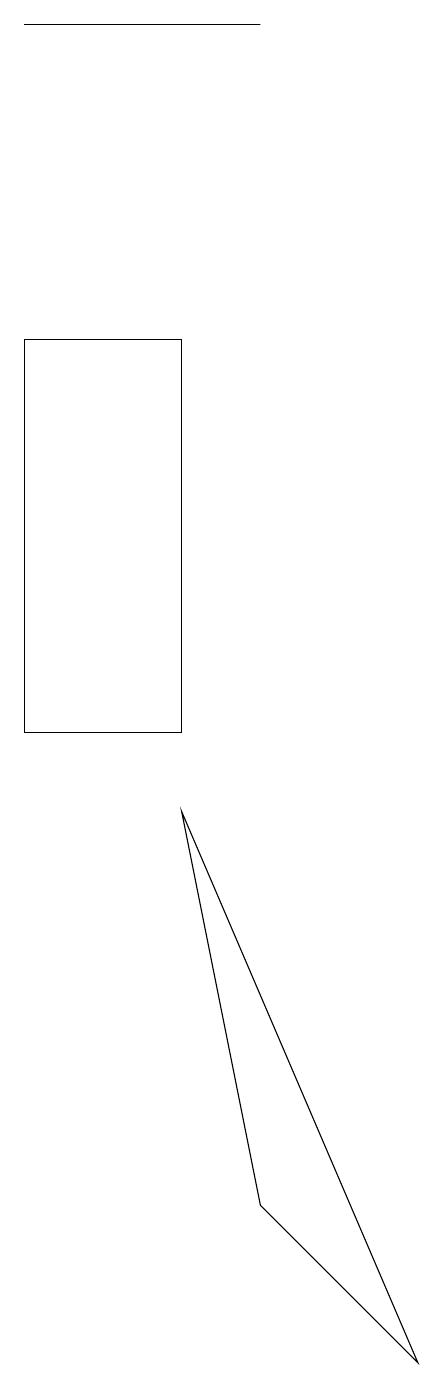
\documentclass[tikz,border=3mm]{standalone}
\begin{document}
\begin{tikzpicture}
\draw (6,15) rectangle (4,10);
\draw (9,2) -- (6,9) -- (7,4) -- cycle;
\draw (4,19) rectangle (7,19);
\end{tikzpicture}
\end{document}